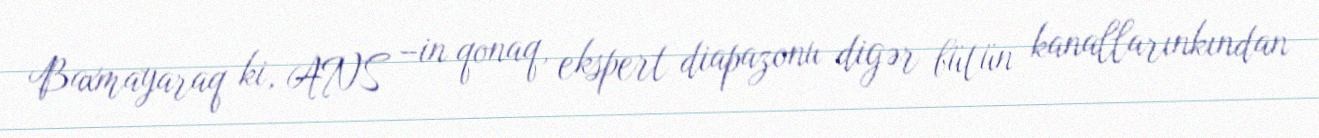
Baxmayaraq ki, ANS –in qonaq, ekspert diapazonu digər bütün kanallarınkından